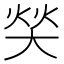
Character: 𰋧